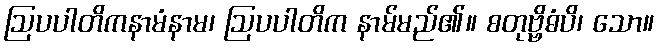
ဩပပါတိကနာမံနာမ၊ ဩပပါတိက နာမ်မည်၏။ စတုဗ္ဗိဓံပိ၊ သော။